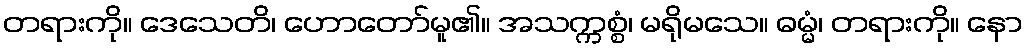
တရားကို။ ဒေသေတိ၊ ဟောတော်မူ၏။ အသက္ကစ္စံ၊ မရိုမသေ။ ဓမ္မံ၊ တရားကို။ နော